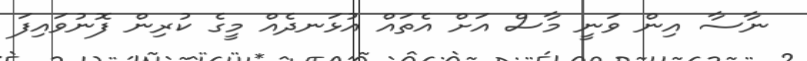
ނާސާ އިން ވަނީ މާސް އަށް އެތައް އުޅަނދެއް މީގެ ކުރިން ފޮނުވައިފަ